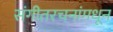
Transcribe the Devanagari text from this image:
संगीतरचनांमधून